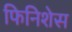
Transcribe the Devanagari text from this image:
फिनिशेस